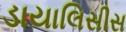
ડાયાલિસીસ